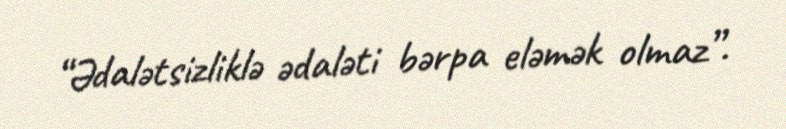
“Ədalətsizliklə ədaləti bərpa eləmək olmaz”.